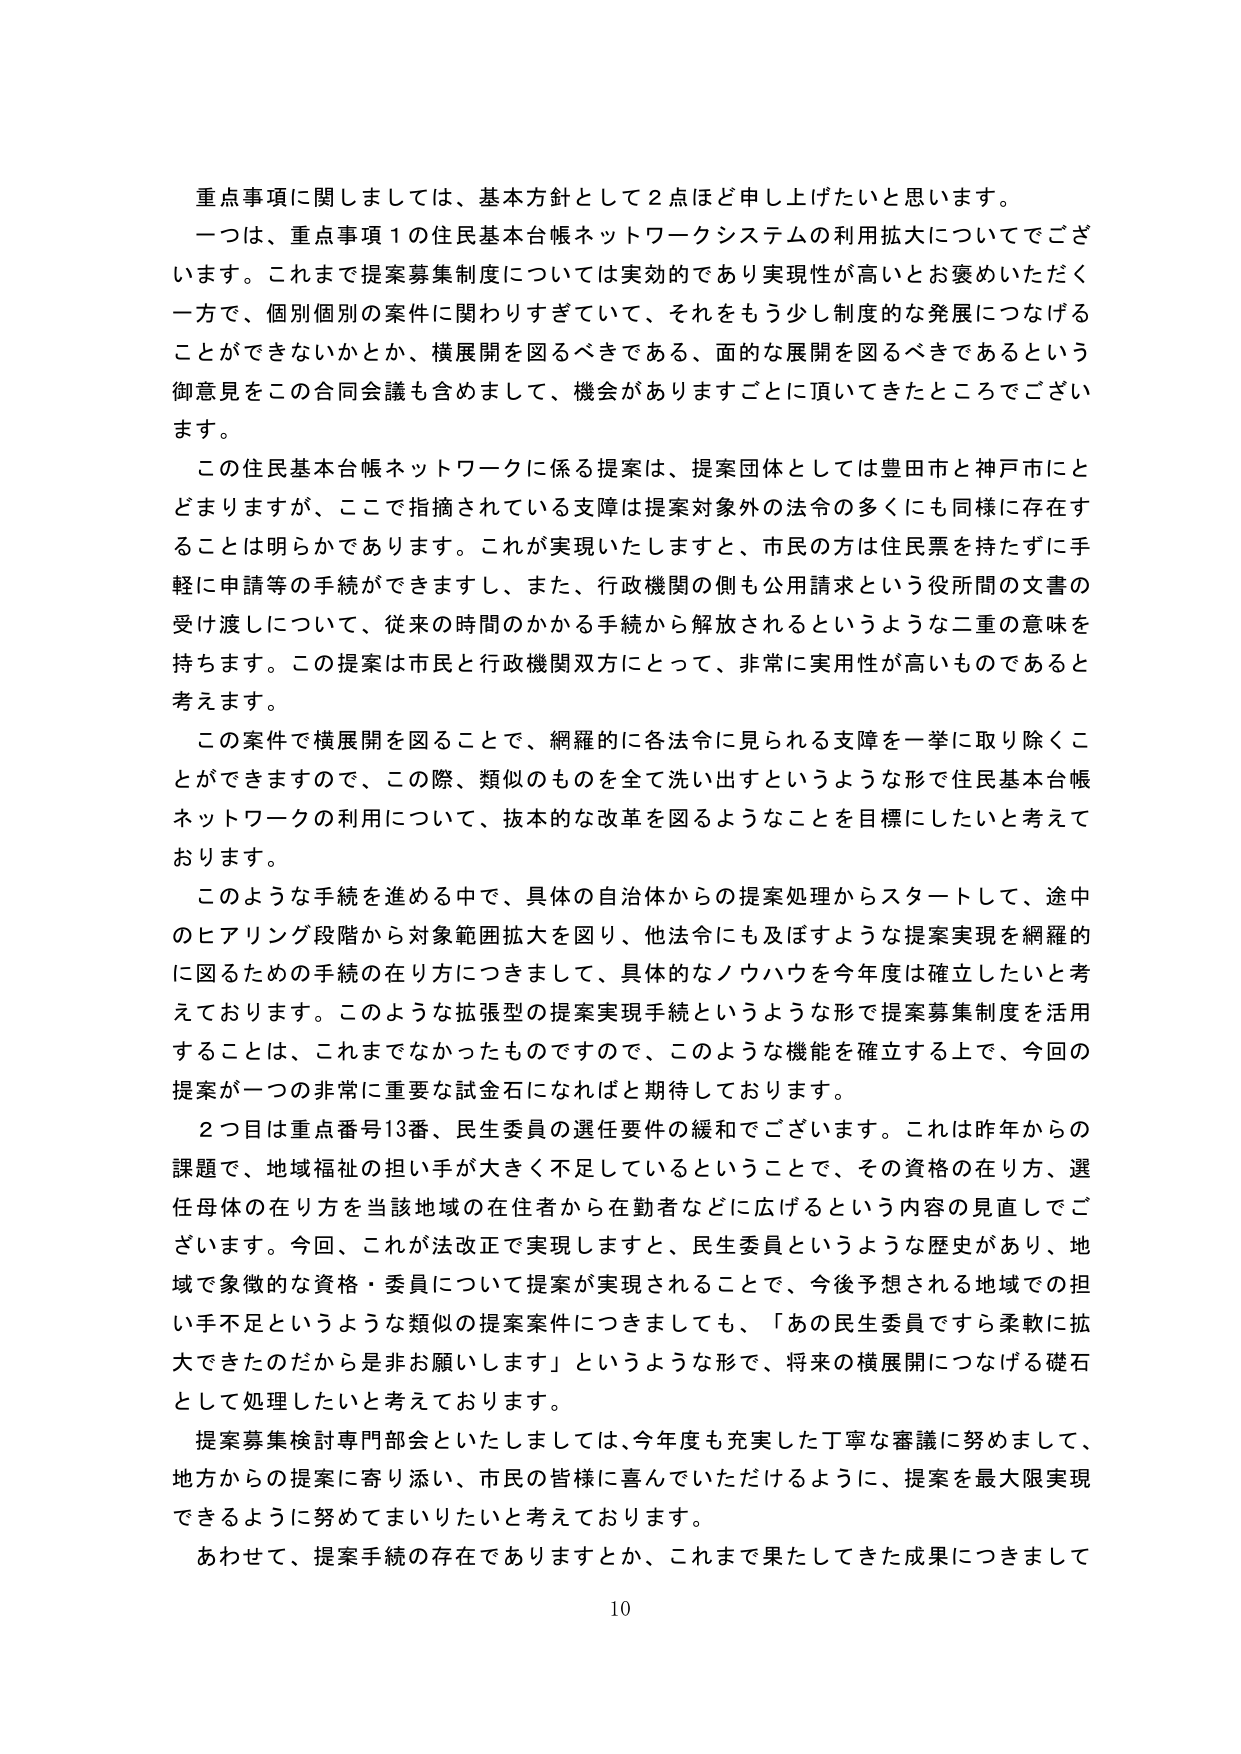
重点事項に関しましては、基本方針として２点ほど申し上げたいと思います。
一つは、重点事項１の住民基本台帳ネットワークシステムの利用拡大についてでございます。これまで提案募集制度については実効的であり実現性が高いとお褒めいただく一方で、個別個別の案件に関わりすぎている、それをもう少し制度的な発展につなげることができないかとか、横展開を図るべきである、面的な展開を図るべきであるという御意見をこの合同会議も含めまして、機会がありますごとに頂いてきたところでございます。
この住民基本台帳ネットワークに係る提案は、提案団体としては豊田市と神戸市にとどまりますが、ここで指摘されている支障は提案対象外の法令の多くにも同様に存在することは明らかであります。これが実現いたしますと、市民の方は住民票を持たずに手軽に申請等の手続ができますし、また、行政機関の側も公用請求という役所間の文書の受け渡しについて、従来の時間のかかる手続から解放されるというような二重の意味を持ちます。この提案は市民と行政機関双方にとって、非常に実用性が高いものであると考えます。
この案件で横展開を図ることで、網羅的に各法令に見られる支障を一挙に取り除くことができますので、この際、類似のものを全て洗い出すというような形で住民基本台帳ネットワークの利用について、抜本的な改革を図るようなことを目標にしたいと考えております。
このような手続を進める中で、具体的な自治体からの提案処理からスタートして、途中のヒアリング段階から対象範囲拡大を図り、他法令にも及ぼすような提案実現を網羅的に図るための手続の在り方につきまして、具体的なノウハウを今年度は確立したいと考えております。このような拡張型の提案実現手続というような形で提案募集制度を活用することは、これまでなかったものですので、このような機能を確立する上で、今回の提案が一つの非常に重要な試金石になればと期待しております。
２つ目は重点番号13番、民生委員の選任要件の緩和でございます。これは昨年からの課題で、地域福祉の担い手が大きく不足しているということで、その資格の在り方、選任母体の在り方を当該地域の在住者から在勤者などに広げるという内容の見直しでございます。今回、これが法改正で実現しますと、民生委員というような歴史があり、地域で象徴的な資格・委員について提案が実現されることで、今後予想される地域での担い手不足というような類似の提案案件につきましても、「あの民生委員ですら柔軟に拡大できたのだから是非お願いします」というような形で、将来の横展開につなげる礎石として処理したいと考えております。
提案募集検討専門部会といたしましては、今年度も充実した丁寧な審議に努めまして、地方からの提案に寄り添い、市民の皆様に喜んでいただけるように、提案を最大限実現できるように努めてまいりたいと考えております。
あわせて、提案手続の存在でありますとか、これまで果たしてきた成果につきまして
10